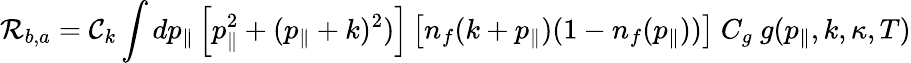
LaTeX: {\cal R}_{b,a}={\cal C}_{k}\int dp_{\parallel}\left[p_{\parallel}^{2}+(p_{\parallel}+k)^{2})\right]\left[n_{f}(k+p_{\parallel})(1-n_{f}(p_{\parallel}))\right]~C_{g}~g(p_{\parallel},k,\kappa,T)